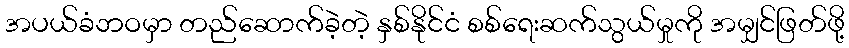
အပယ်ခံဘဝမှာ တည်ဆောက်ခဲ့တဲ့ နှစ်နိုင်ငံ စစ်ရေးဆက်သွယ်မှုကို အမျှင်ဖြတ်ဖို့